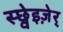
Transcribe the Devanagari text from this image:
स्छ्वेइज़ेर्